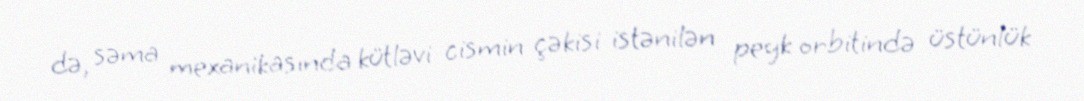
də, səma mexanikasında kütləvi cismin çəkisi istənilən peyk orbitində üstünlük